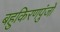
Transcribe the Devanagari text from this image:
बहुकिरणपुंजों